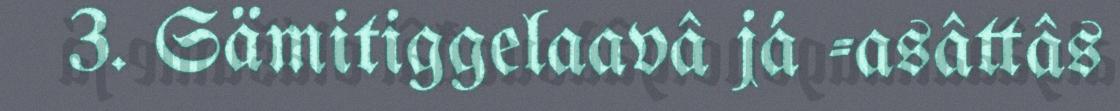
3. Sämitiggelaavâ já -asâttâs